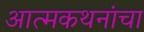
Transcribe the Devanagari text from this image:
आत्मकथनांचा